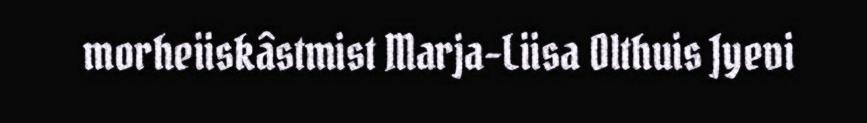
morheiiskâstmist Marja-Liisa Olthuis Jyevi